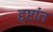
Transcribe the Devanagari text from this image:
द्दष्टांत